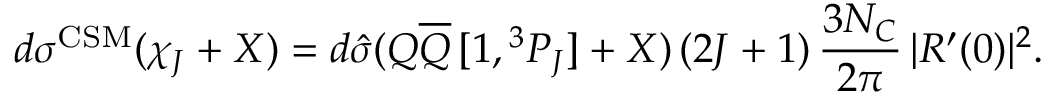
d \sigma ^ { \mathrm { C S M } } ( \chi _ { J } + X ) = d \hat { \sigma } ( Q \overline { { { Q } } } \, [ 1 , { } ^ { 3 } P _ { J } ] + X ) \, ( 2 J + 1 ) \, \frac { 3 N _ { C } } { 2 \pi } \, | R ^ { \prime } ( 0 ) | ^ { 2 } .